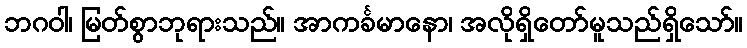
ဘဂဝါ၊ မြတ်စွာဘုရားသည်။ အာကင်္ခမာနော၊ အလိုရှိတော်မူသည်ရှိသော်။